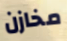
مخازن